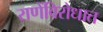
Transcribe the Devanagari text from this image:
राणेंविरोधात